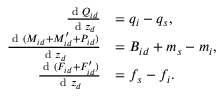
\begin{array} { r l } { \frac { \textnormal { d } Q _ { i d } } { \textnormal { d } z _ { d } } } & { = q _ { i } - q _ { s } , } \\ { \frac { \textnormal { d } ( M _ { i d } + M _ { i d } ^ { \prime } + P _ { i d } ) } { \textnormal { d } z _ { d } } } & { = B _ { i d } + m _ { s } - m _ { i } , } \\ { \frac { \textnormal { d } ( F _ { i d } + F _ { i d } ^ { \prime } ) } { \textnormal { d } z _ { d } } } & { = f _ { s } - f _ { i } . } \end{array}